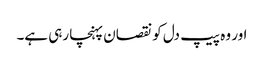
اور وہ پیپ دل کو نقصان پہنچا رہی ہے۔